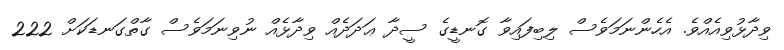
ވިދާޅުވިއެއްވެ. އެހެންނަމަވެސް ލިބިފައިވާ ގޮނޑީގެ ސީދާ ޢަދަދެއް ވިދާޅެއް ނުވިނަމަވެސް ގާތްގަނޑަކަށް 222